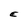
Character: E